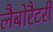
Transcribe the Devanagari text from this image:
लैबोरैटरी